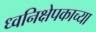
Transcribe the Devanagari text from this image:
ध्वनिक्षेपकाच्या